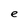
Character: e